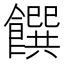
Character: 饌